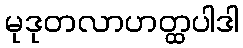
မုဒုတလာဟတ္ထပါဒါ